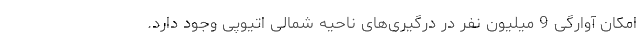
امکان آوارگی 9 میلیون نفر در درگیری‌های ناحیه شمالی اتیوپی وجود دارد.